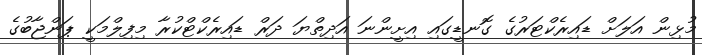
މުޅިން އަލަށް ޑައިރެކްޓަރުގެ ގޮނޑީގައި އިށީންނަ އަދިތްޔަ ދަރް ޑައިރެކްޓްކުރާ މިފިލްމަކީ ޕަންޖާބުގެ